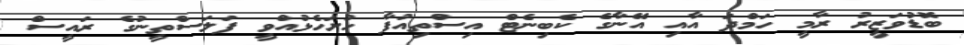
ބޮޑުވަޒީރު ރާމީ ހަމްދަ އާއި އޭނާގެ ކެބިނެޓް އިސްތިއުފާ ހުށަހެޅުއްވީ ފަލަސްތީނުގެ ރައީސް